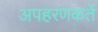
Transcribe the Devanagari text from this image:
अपहरणकर्ते